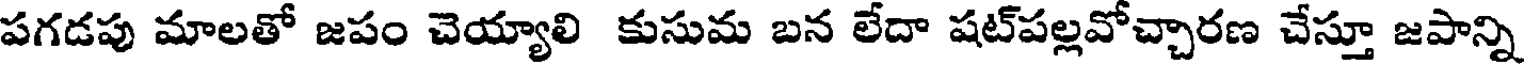
పగడపు మాలతో జపం చెయ్యాలి కుసుమ బన లేదా షట్పల్లవోచ్చారణ చేస్తూ జపాన్ని